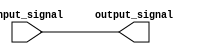
module active_high_buffer(
    input wire input_signal,
    output reg output_signal
);

always @ (input_signal)
begin
    output_signal = input_signal;
end

endmodule